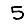
Digit: 5